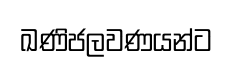
ඛණිජලවණයන්ට